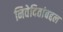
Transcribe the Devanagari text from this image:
निवेदितांबद्दल